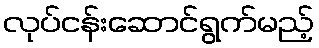
လုပ်ငန်းဆောင်ရွက်မည့်